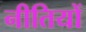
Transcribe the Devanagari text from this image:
नीतियों